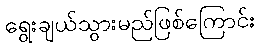
ရွေးချယ်သွားမည်ဖြစ်ကြောင်း